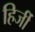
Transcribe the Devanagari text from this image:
हिर्जी